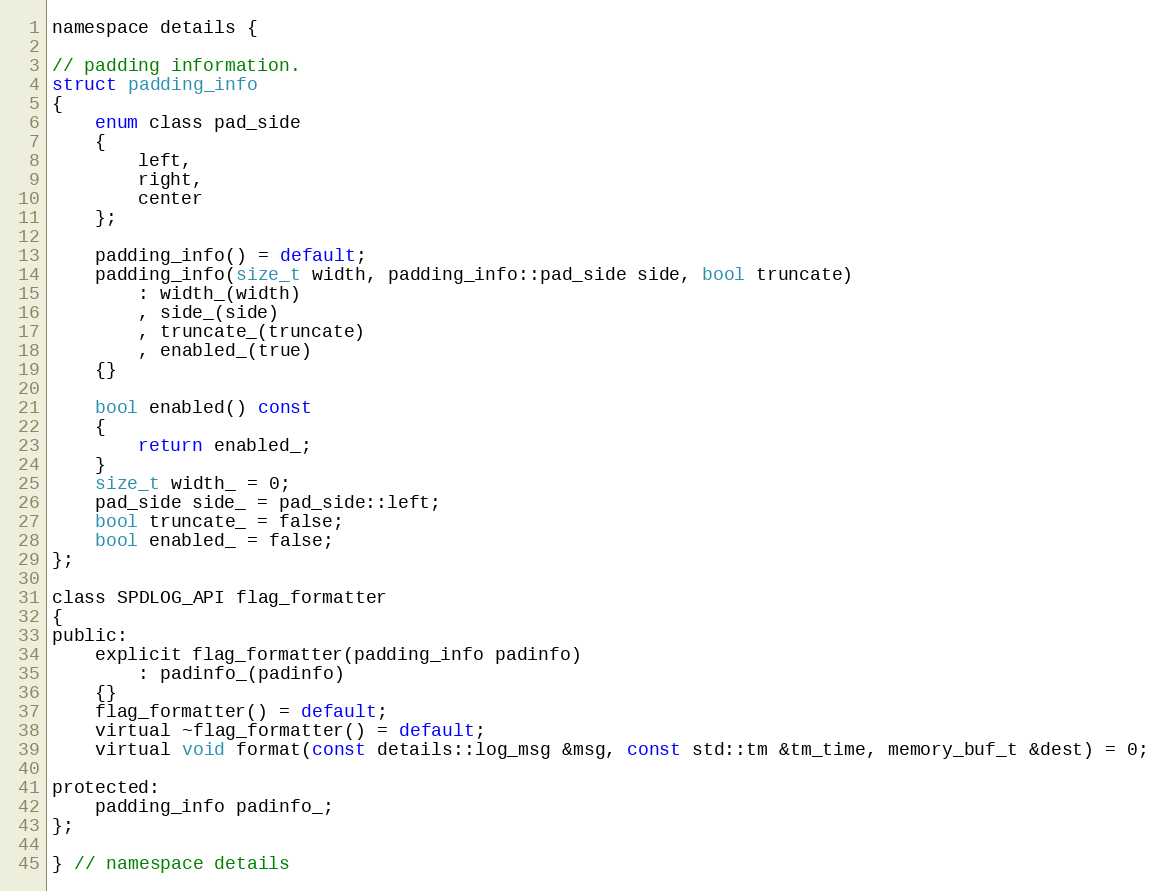
Language: C
namespace details {

// padding information.
struct padding_info
{
    enum class pad_side
    {
        left,
        right,
        center
    };

    padding_info() = default;
    padding_info(size_t width, padding_info::pad_side side, bool truncate)
        : width_(width)
        , side_(side)
        , truncate_(truncate)
        , enabled_(true)
    {}

    bool enabled() const
    {
        return enabled_;
    }
    size_t width_ = 0;
    pad_side side_ = pad_side::left;
    bool truncate_ = false;
    bool enabled_ = false;
};

class SPDLOG_API flag_formatter
{
public:
    explicit flag_formatter(padding_info padinfo)
        : padinfo_(padinfo)
    {}
    flag_formatter() = default;
    virtual ~flag_formatter() = default;
    virtual void format(const details::log_msg &msg, const std::tm &tm_time, memory_buf_t &dest) = 0;

protected:
    padding_info padinfo_;
};

} // namespace details